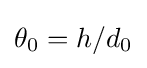
\theta _{0}=h/d_{0}